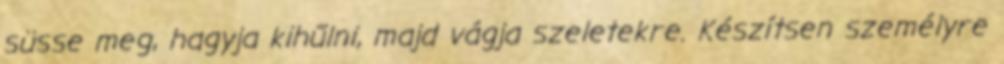
süsse meg, hagyja kihűlni, majd vágja szeletekre. Készítsen személyre